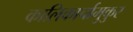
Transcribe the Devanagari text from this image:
कालिकार्चामुकुर